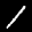
Label: 1